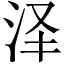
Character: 泽